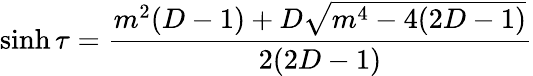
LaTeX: \sinh\tau=\frac{m^{2}(D-1)+D\sqrt{m^{4}-4(2D-1)}}{2(2D-1)}